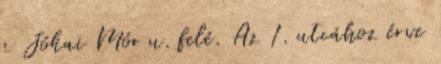
z Jókai Mór u. felé. Az 1. utcához érve